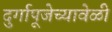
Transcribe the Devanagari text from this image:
दुर्गापूजेच्यावेळी